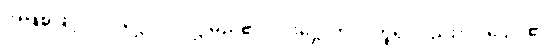
အဖြစ်ဖြင့်။ ပါဒဋ္ဌော၊ ပါဒဋ္ဌ မည်၏။ ပဒဋ္ဌောတိပိ၊ ဟူ၍လည်း။ ပါဌော၊ ၏။